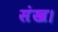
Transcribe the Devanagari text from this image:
संख।